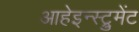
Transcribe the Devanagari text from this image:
आहेइन्स्ट्रुमेंट